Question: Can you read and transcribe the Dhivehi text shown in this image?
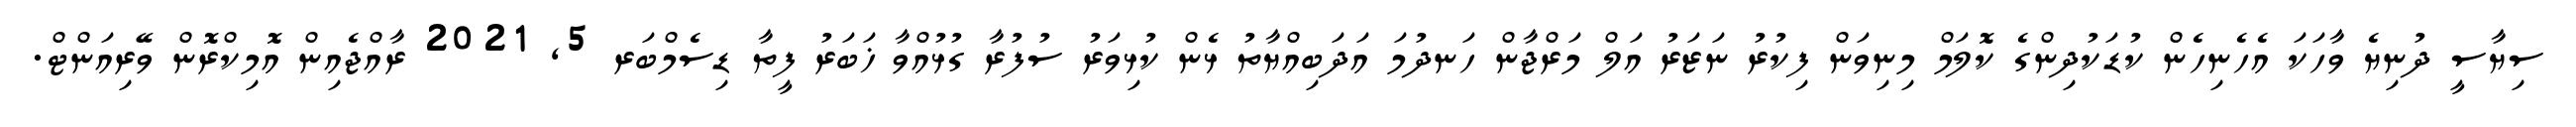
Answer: ސިޔާސީ ދުނިޔެ ވާހަކަ އެހެނިހެން ކުޑަކުދިންގެ ކޮލަމް މިނިވަން ފިކުރު ނަޒަރު އަލް މަރްޖާން ހަނދުމަ އަދަބިއްޔާތު ޅެން ކުޅިވަރު ސުފުރާ ގުޅުއްވާ ޚަބަރު ފީތާ ޑިސެމްބަރ 5, 2021 ރާއްޖެއިން އޮމިކްރޮން ވޭރިއަންޓް.